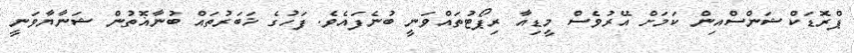
ޕްރޮޑަކްޝަންސްއިން ކަމަށް އޭރުވެސް މީޑިއާ ރިޕޯޓުތައްވަނީ ބުނެފައެވެ. ފަހުގެ ޚަބަރުތައް ބުނާޣޮތުން ޝަނާޔާވަނީ